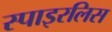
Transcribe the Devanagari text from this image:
स्पाइरलिस